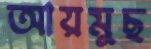
আয়মুছ